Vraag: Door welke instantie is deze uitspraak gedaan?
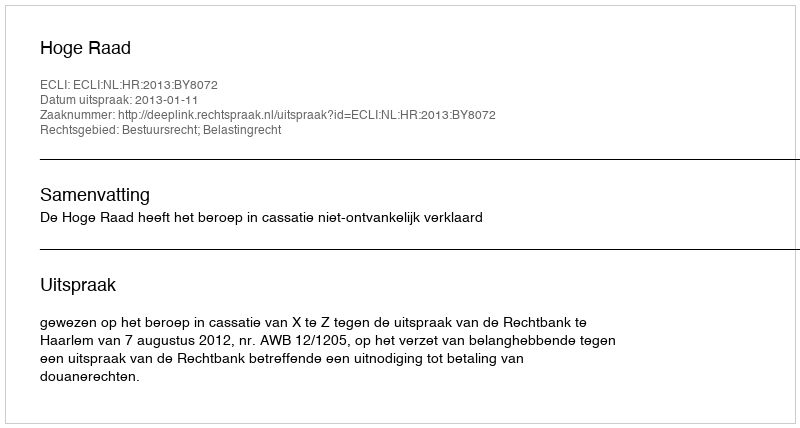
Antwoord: Hoge Raad